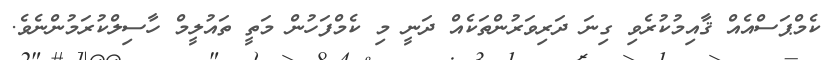
ކެމްޕަސްއެއް ޤާއިމުކުރެވި ގިނަ ދަރިވަރުންތަކެއް ދަނީ މި ކެމްފަހުން މަތީ ތައުލީމް ހާސިލްކުރަމުންނެވެ.